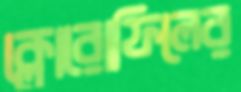
ক্লোরোফিলের